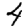
Digit: 4